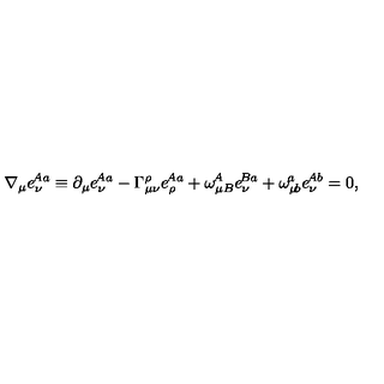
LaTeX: \nabla _ { \mu } e _ { \nu } ^ { \! A a } \equiv \partial _ { \mu } e _ { \nu } ^ { \! A a } - \Gamma _ { \mu \nu } ^ { \rho } e _ { \rho } ^ { \! A a } + \omega _ { \mu B } ^ { \! A } e _ { \nu } ^ { \! B a } + \omega _ { \mu \! b } ^ { \! a } e _ { \nu } ^ { \! A b } = 0 ,